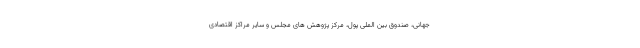
جهانی، صندوق بین الملی پول، مرکز پژوهش های مجلس و سایر مراکز اقتصادی